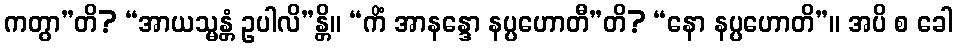
ကတွာ”တိ? “အာယသ္မန္တံ ဥပါလိ”န္တိ။ “ကိံ အာနန္ဒော နပ္ပဟောတီ”တိ? “နော နပ္ပဟောတိ”။ အပိ စ ခေါ